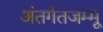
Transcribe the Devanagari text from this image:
अंतर्गतजम्मू